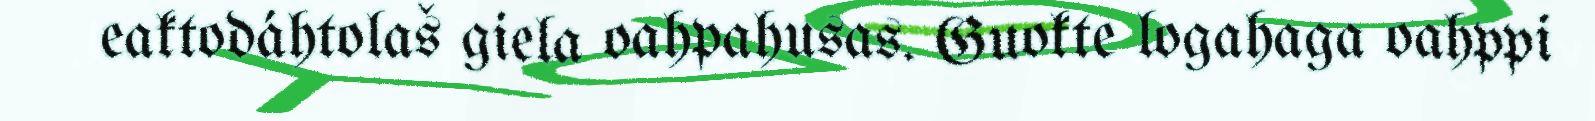
eaktodáhtolaš giela oahpahusas. Guokte logahaga oahppi